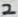
Text: 2